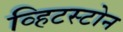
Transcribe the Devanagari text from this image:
व्हिटस्टोन